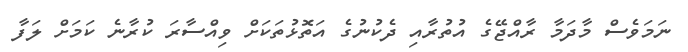
ނަމަވެސް މާދަމާ ރާއްޖޭގެ އުތުރާއި ދެކުނުގެ އަތޮޅުތަކަށް ވިއްސާރަ ކުރާނެ ކަމަށް ލަފާ